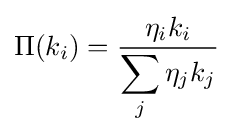
\Pi (k_{i})={\frac {\eta _{i}k_{i}}{\displaystyle \sum _{j}\eta _{j}k_{j}}}